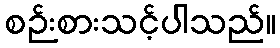
စဉ်းစားသင့်ပါသည်။